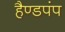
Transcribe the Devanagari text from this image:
हैण्डपंप